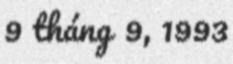
9 tháng 9, 1993